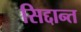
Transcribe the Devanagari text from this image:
सिद्दान्त